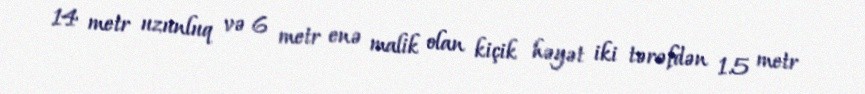
14 metr uzunluq və 6 metr enə malik olan kiçik həyət iki tərəfdən 1.5 metr